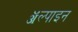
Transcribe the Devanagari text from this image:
ॲल्पाइन